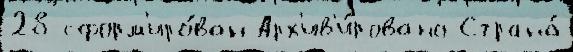
28 сформ'иро́ван Арх'ив'и́ровано Страна́